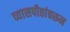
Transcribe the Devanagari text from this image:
व्यासपीठांवरून